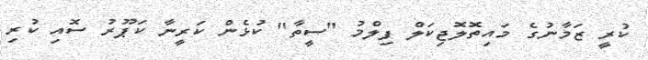
ކުރީ ޒަމާނުގެ މައިތޮލޮޖިކަލް ފިލްމު "ސީތާ" ކުޅެން ކަރީނާ ކަޕޫރު ސޮއި ކުރި